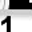
Digit: 1